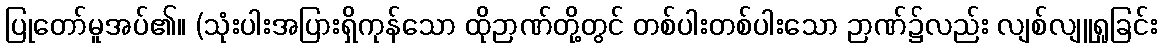
ပြုတော်မူအပ်၏။ (သုံးပါးအပြားရှိကုန်သော ထိုဉာဏ်တို့တွင် တစ်ပါးတစ်ပါးသော ဉာဏ်၌လည်း လျစ်လျူရှုခြင်း